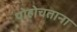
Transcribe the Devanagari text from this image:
पोहोचताना